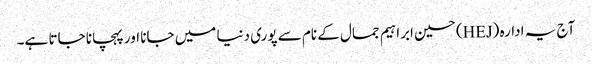
آج یہ ادارہ (HEJ) حسین ابراہیم جمال کے نام سے پوری دنیا میں جانا اور پہچانا جاتا ہے۔